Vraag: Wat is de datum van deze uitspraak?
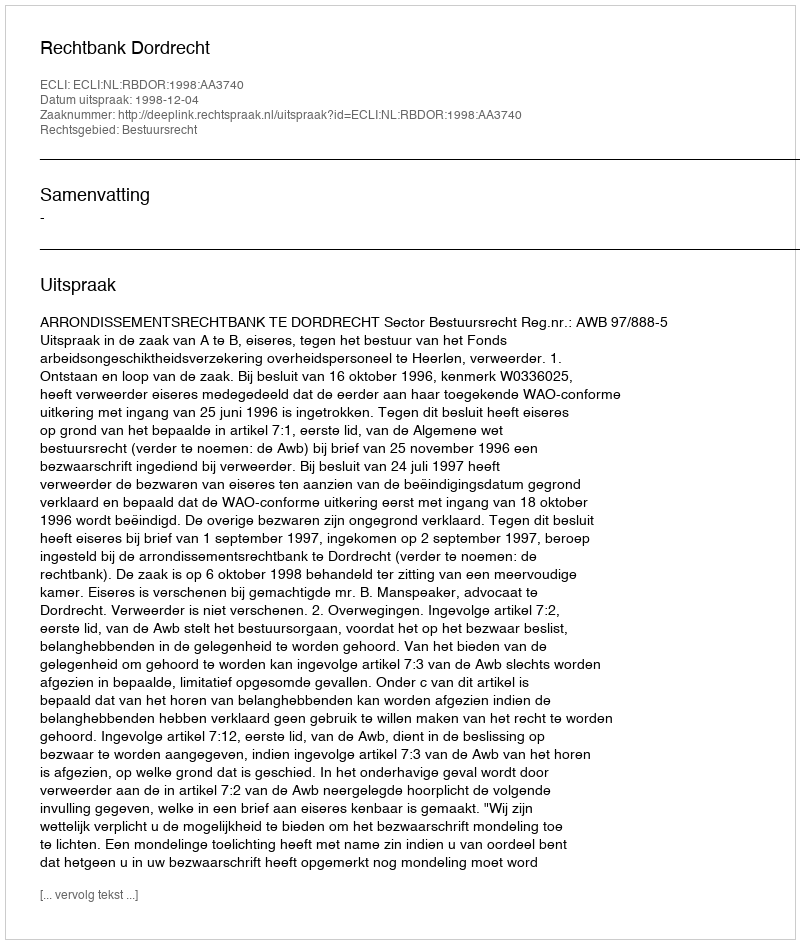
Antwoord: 1998-12-04